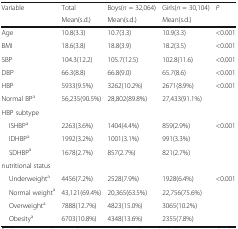
<table><thead><tr><td rowspan="2"><b>Variable</b></td><td><b>Total</b></td><td><b>Boys(<i>n</i> = 32,064)</b></td><td><b>Girls(<i>n</i> = 30,104)</b></td><td rowspan="2"><b><i>P</i></b></td></tr><tr><td><b>Mean(s.d.)</b></td><td><b>Mean(s.d.)</b></td><td><b>Mean(s.d.)</b></td></tr></thead><tbody><tr><td>Age</td><td>10.8(3.3)</td><td>10.7(3.3)</td><td>10.9(3.3)</td><td>&lt;0.001</td></tr><tr><td>BMI</td><td>18.6(3.8)</td><td>18.8(3.9)</td><td>18.2(3.5)</td><td>&lt;0.001</td></tr><tr><td>SBP</td><td>104.3(12.2)</td><td>105.7(12.5)</td><td>102.8(11.6)</td><td>&lt;0.001</td></tr><tr><td>DBP</td><td>66.3(8.8)</td><td>66.8(9.0)</td><td>65.7(8.6)</td><td>&lt;0.001</td></tr><tr><td>HBP</td><td>5933(9.5%)</td><td>3262(10.2%)</td><td>2671(8.9%)</td><td rowspan="2">&lt;0.001</td></tr><tr><td>Normal BP<sup>a</sup></td><td>56,235(90.5%)</td><td>28,802(89.8%)</td><td>27,433(91.1%)</td></tr><tr><td colspan="5">HBP subtype</td></tr><tr><td> ISHBP<sup>a</sup></td><td>2263(3.6%)</td><td>1404(4.4%)</td><td>859(2.9%)</td><td rowspan="3">&lt;0.001</td></tr><tr><td> IDHBP<sup>a</sup></td><td>1992(3.2%)</td><td>1001(3.1%)</td><td>991(3.3%)</td></tr><tr><td> SDHBP<sup>a</sup></td><td>1678(2.7%)</td><td>857(2.7%)</td><td>821(2.7%)</td></tr><tr><td colspan="5">nutritional status</td></tr><tr><td> Underweight<sup>a</sup></td><td>4456(7.2%)</td><td>2528(7.9%)</td><td>1928(6.4%)</td><td rowspan="4">&lt;0.001</td></tr><tr><td> Normal weight<sup>a</sup></td><td>43,121(69.4%)</td><td>20,365(63.5%)</td><td>22,756(75.6%)</td></tr><tr><td> Overweight<sup>a</sup></td><td>7888(12.7%)</td><td>4823(15.0%)</td><td>3065(10.2%)</td></tr><tr><td> Obesity<sup>a</sup></td><td>6703(10.8%)</td><td>4348(13.6%)</td><td>2355(7.8%)</td></tr></tbody></table>